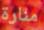
منارة